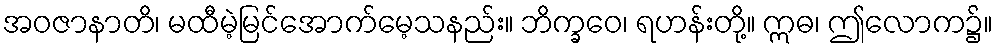
အဝဇာနာတိ၊ မထီမဲ့မြင်အောက်မေ့သနည်း။ ဘိက္ခဝေ၊ ရဟန်းတို့။ ဣဓ၊ ဤလောက၌။